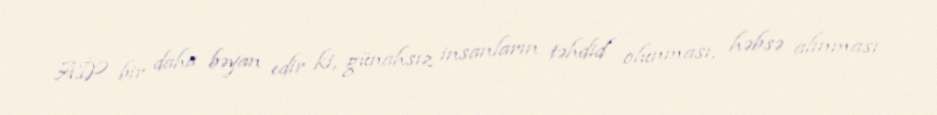
AİP bir daha bəyan edir ki, günahsız insanların təhdid olunması, həbsə alınması